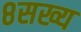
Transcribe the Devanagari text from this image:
८सख्य